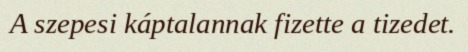
A szepesi káptalannak fizette a tizedet.